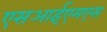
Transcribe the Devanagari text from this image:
एसआईएमएस